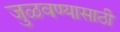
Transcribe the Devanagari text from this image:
जुळवण्यासाठी